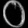
Digit: ၀